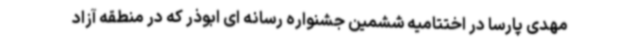
مهدی پارسا در اختتامیه ششمین جشنواره رسانه ای ابوذر که در منطقه آزاد